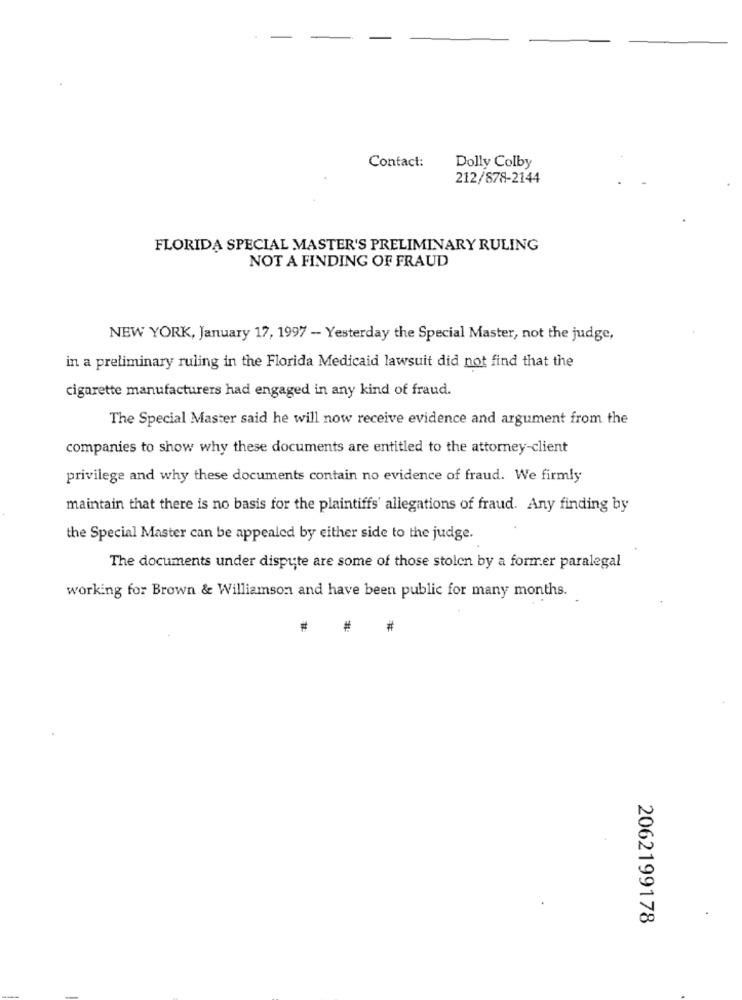
Contact:
Dolly Colby
212/878-2144
FLORIDA SPECIAL MASTER'S PRELIMINARY RULING
NOT A FINDING OF FRAUD
NEW YORK, January 17, 1997 - Yesterday the Special Master, not the judge,
in a preliminary ruling in the Florida Medicaid lawsuit did not find that the
cigarette manufacturers had engaged in any kind of fraud.
The Special Master said he will now receive evidence and argument from the
companies to show why these documents are entitled to the attorney-client
privilege and why these documents contain no evidence of fraud. We firmly
maintain that there is no basis for the plaintiffs' allegations of fraud. Any finding by
the Special Master can be appealed by either side to the judge.
The documents under dispute are some of those stolen by a former paralegal
working for Brown & Williamson and have been public for many months.
#
#
2062199178